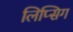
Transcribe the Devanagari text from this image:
लिप्सिग